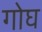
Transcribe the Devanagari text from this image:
गोघ